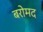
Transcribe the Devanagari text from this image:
बरोमद